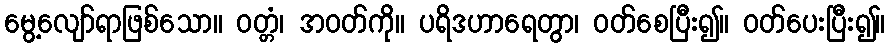
မွေ့လျော်ရာဖြစ်သော။ ဝတ္တံ၊ အဝတ်ကို။ ပရိဒဟာရေတွာ၊ ဝတ်စေပြီး၍။ ဝတ်ပေးပြီး၍။